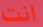
انت